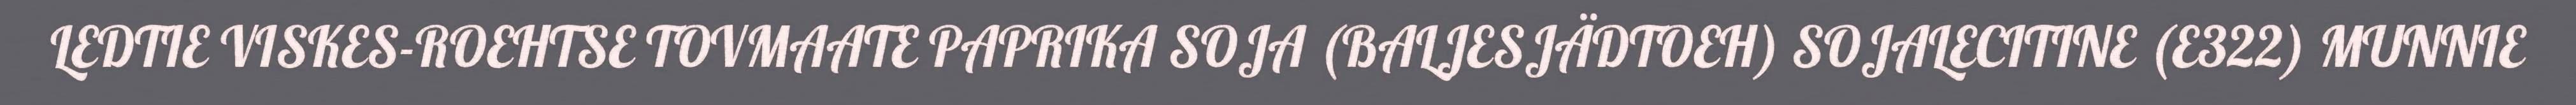
LEDTIE VISKES-ROEHTSE TOVMAATE PAPRIKA SOJA (BALJESJÄDTOEH) SOJALECITINE (E322) MUNNIE